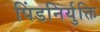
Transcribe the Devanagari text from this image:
पिंडनिर्युक्ति